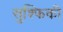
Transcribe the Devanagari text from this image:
सुश्फिकी